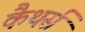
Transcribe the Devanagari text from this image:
कैथर्स